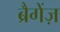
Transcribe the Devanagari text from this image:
ब्रैगेंज़